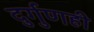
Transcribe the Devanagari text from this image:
दुर्गुणही